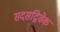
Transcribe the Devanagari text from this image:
सदसद्विवेक